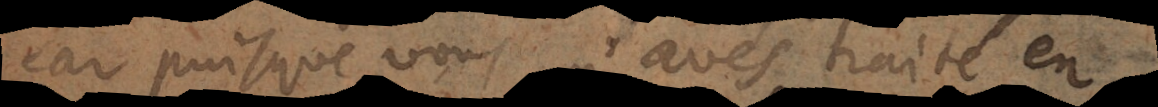
Car puisque vous m’avés traité en